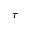
\tau